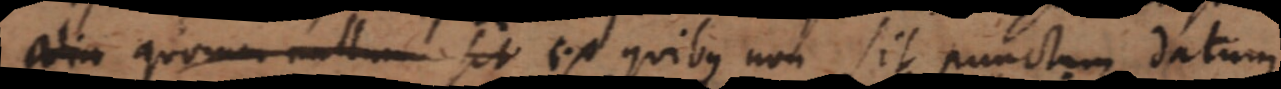
alia quorum nullum sit ex quibus non sit punctum datum.